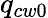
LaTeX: q_{cw0}